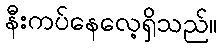
နီးကပ်နေလေ့ရှိသည်။